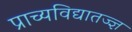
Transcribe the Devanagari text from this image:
प्राच्यविद्यातज्‍ज्ञ